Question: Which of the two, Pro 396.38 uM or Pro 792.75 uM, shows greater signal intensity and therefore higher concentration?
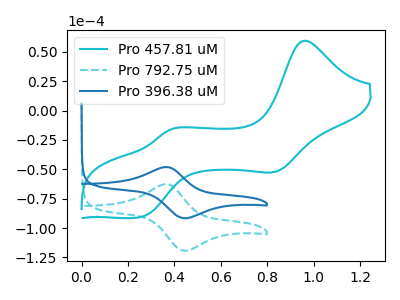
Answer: <think>The cyan curve "Pro 457.81 uM" has anodic peaks at (0.95V, 59.50uA) (0.40V, -16.30uA) and cathodic peaks at (0.85V, -51.80uA) (0.25V, -90.80uA). The cyan dashed curve "Pro 792.75 uM" has an anodic peak at (0.35V, -62.60uA) and a cathodic peak at (0.45V, -119.30uA). The blue curve "Pro 396.38 uM" has an anodic peak at (0.35V, -48.10uA) and a cathodic peak at (0.45V, -91.65uA).
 All the peaks in "Pro 396.38 uM" have a peak in "Pro 792.75 uM" at the same potential.</think>
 <answer>I cant tell if "Pro 396.38 uM" or "Pro 792.75 uM" has higher concentration.</answer>
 <eval>mixed_concentration</eval>